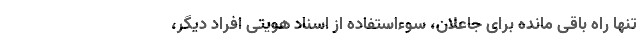
تنها راه باقی مانده برای جاعلان، سوءاستفاده از اسناد هویتی افراد دیگر،